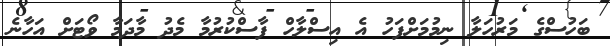
ބަހުސްގެ މަރުހަލާ ނިމުމަށްފަހު އެ އިސްލާހް ފާސްކުރުމާ މެދު މާދަމާ ވޯޓަށް އަހާނެ